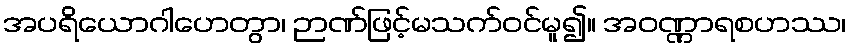
အပရိယောဂါဟေတွာ၊ ဉာဏ်ဖြင့်မသက်ဝင်မူ၍။ အဝဏ္ဏာရစဟဿ၊